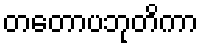
တတောပဘုတိကာ